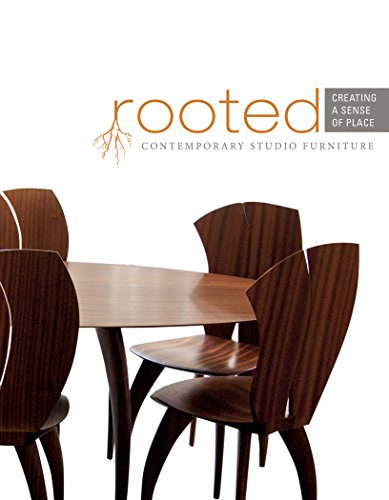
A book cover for Rooted: Creating a Sense of Place: Contemporary Studio Furniture; The Furniture Society; Arts & Photography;